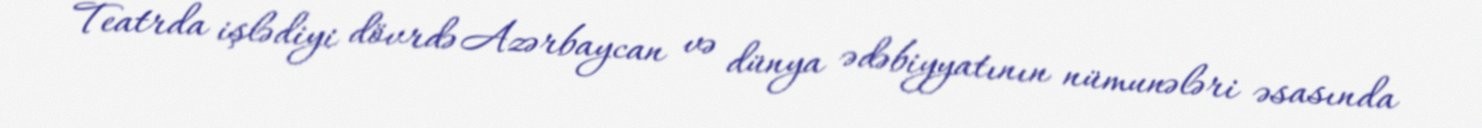
Teatrda işlədiyi dövrdə Azərbaycan və dünya ədəbiyyatının nümunələri əsasında